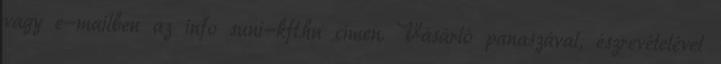
vagy e-mailben az info suni-kft.hu címen. Vásárló panaszával, észrevételével